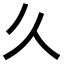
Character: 𫝄